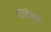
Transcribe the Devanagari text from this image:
कादंबर